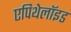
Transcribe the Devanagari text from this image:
एपिथेलॉइड